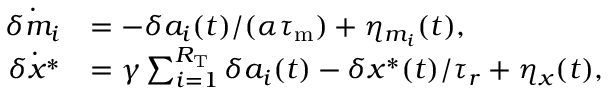
\begin{array} { r l } { \dot { \delta m _ { i } } } & { = - \delta a _ { i } ( t ) / ( \alpha { \tau _ { \mathrm { m } } } ) + \eta _ { m _ { i } } ( t ) , } \\ { \dot { \delta x ^ { \ast } } } & { = \gamma \sum _ { i = 1 } ^ { R _ { \mathrm { T } } } \delta a _ { i } ( t ) - \delta x ^ { * } ( t ) / \tau _ { r } + \eta _ { x } ( t ) , } \end{array}